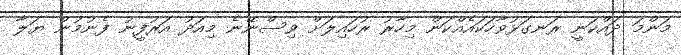
މަންމަ ދައްކަނީ ރަނގަޅުވާހަކައެއްކަން މިހާރު ރުހައިލަށް ވިސްނޭނެ މިއަދު އަރުފީނު ފެނުމުން ޔަލާ